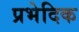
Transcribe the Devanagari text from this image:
प्रभेदिक